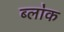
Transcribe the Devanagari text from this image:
ब्ला॓क